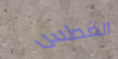
الغطس